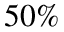
5 0 \%